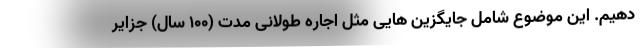
دهیم. این موضوع شامل جایگزین هایی مثل اجاره طولانی مدت (100 سال) جزایر